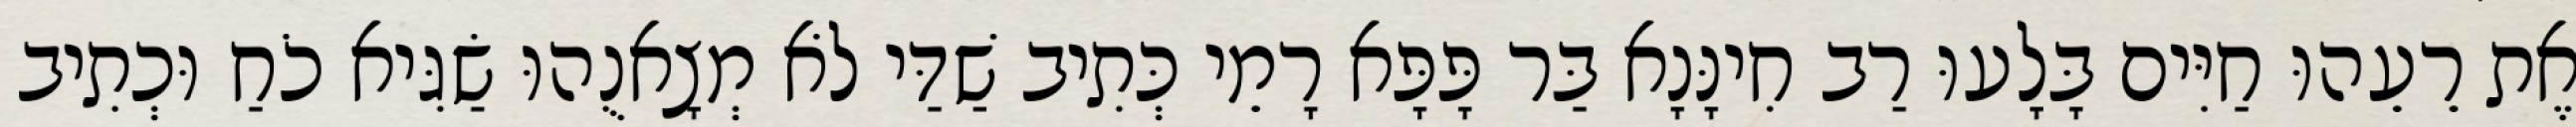
אֶת רֵעֵהוּ חַיִּים בָּלָעוּ רַב חִינָּנָא בַּר פָּפָּא רָמֵי כְּתִיב שַׁדַּי לֹא מְצָאנֻהוּ שַׂגִּיא כֹחַ וּכְתִיב